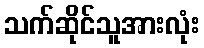
သက်ဆိုင်သူအားလုံး